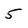
Character: 5